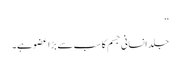
‘‘
جلد انسانی جسم کا سب سے بڑا عضو ہے۔